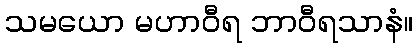
သမယော မဟာဝီရ ဘာဝီရသာနံ။